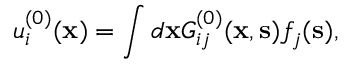
u _ { i } ^ { ( 0 ) } ( { \bf x } ) = \int d { \bf x } G _ { i j } ^ { ( 0 ) } ( { \bf x } , { \bf s } ) f _ { j } ( { \bf s } ) ,